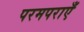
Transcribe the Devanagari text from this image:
परमपराएँ